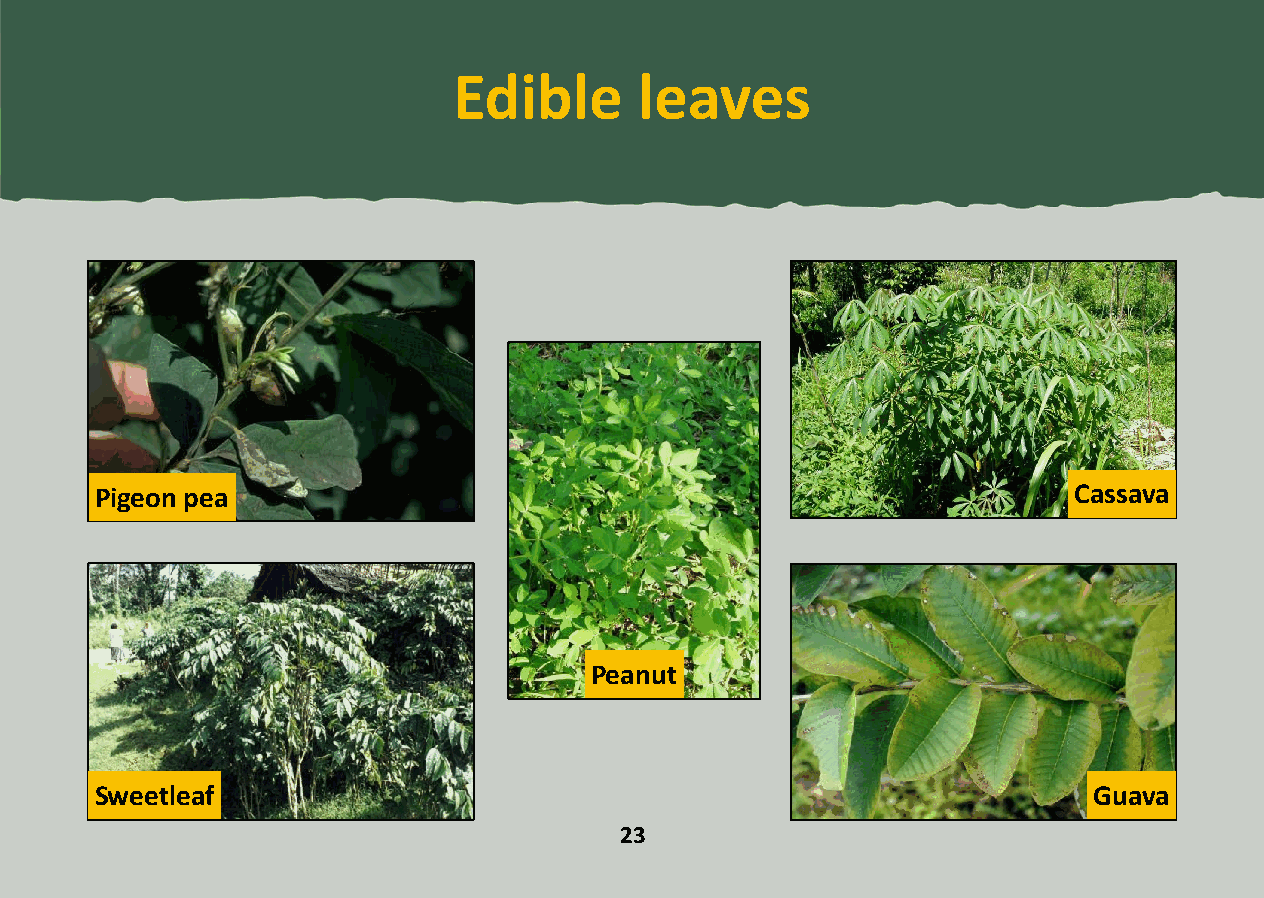
Edible      leaves
 Pigeon pea                                                       Cassava
 Peanut
 Sweetleaf                                                         Guava
 23